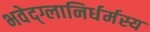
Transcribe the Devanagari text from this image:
भवेद्‌ग्लानिर्धर्मस्य